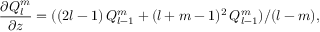
\frac { \partial Q _ { l } ^ { m } } { \partial z } = ( ( 2 l - 1 ) \, Q _ { l - 1 } ^ { m } + ( l + m - 1 ) ^ { 2 } \, Q _ { l - 1 } ^ { m } ) / ( l - m ) ,